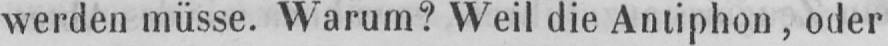
werden müsse. Warum? Weil die Antiphon, oder